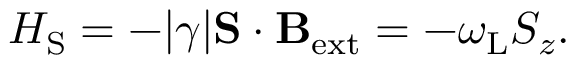
H _ { \mathrm { S } } = - | \gamma | \mathbf { S } \cdot \mathbf { B } _ { \mathrm { e x t } } = - \omega _ { \mathrm { L } } S _ { z } .